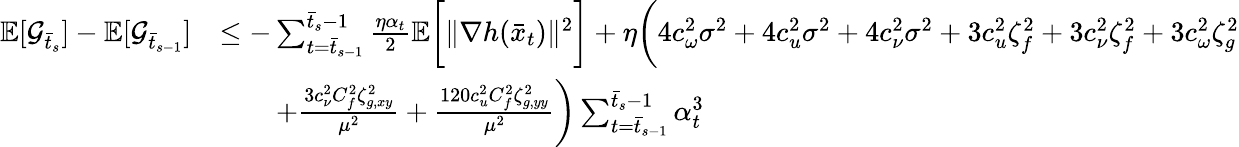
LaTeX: \begin{array}{rl}{\mathbb{E}[\mathcal{G}_{\bar{t}_{s}}]-\mathbb{E}[\mathcal{G}_{\bar{t}_{s-1}}]}&{\leq-\sum_{t=\bar{t}_{s-1}}^{\bar{t}_{s}-1}\frac{\eta\alpha_{t}}{2}\mathbb{E}\bigg[\| \nabla h(\bar{x}_{t})\| ^{2}\bigg]+\eta\bigg(4c_{\omega}^{2}\sigma^{2}+4c_{u}^{2}\sigma^{2}+4c_{\nu}^{2}\sigma^{2}+3c_{u}^{2}\zeta_{f}^{2}+3c_{\nu}^{2}\zeta_{f}^{2}+3c_{\omega}^{2}\zeta_{g}^{2}}\\ &{\qquad+\frac{3c_{\nu}^{2}C_{f}^{2}\zeta_{g,xy}^{2}}{\mu^{2}}+\frac{120c_{u}^{2}C_{f}^{2}\zeta_{g,yy}^{2}}{\mu^{2}}\bigg)\sum_{t=\bar{t}_{s-1}}^{\bar{t}_{s}-1}\alpha_{t}^{3}}\end{array}